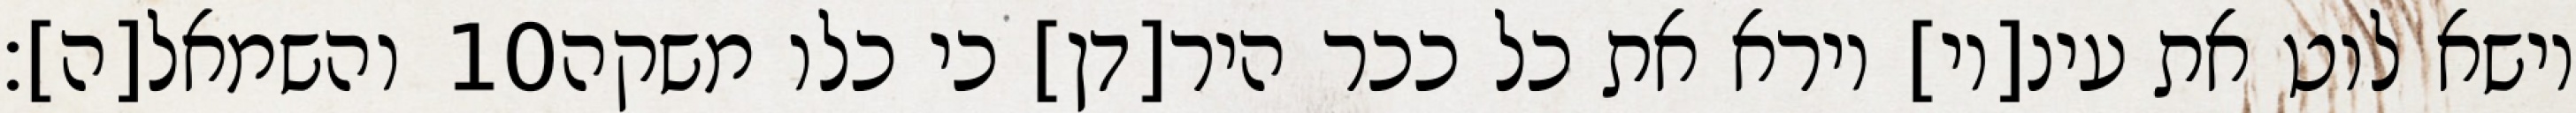
והשמאל[ה]׃ ‎10‏ וישא לוט את עינ[יו] וירא את כל ככר היר[דן] כי כלו משקה